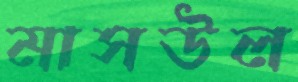
মাসউল